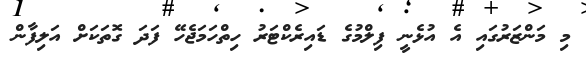
މި މަންޒަރުގައި އެ އުޅެނީ ފިލްމުގެ ޑައިރެކްޓަރު ހިތްހަމަޖެހޭ ފަދަ ގޮތަކަށް އަލިފާން